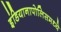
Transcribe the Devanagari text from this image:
इंडियानापोलिसमध्ये